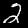
Label: 2